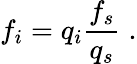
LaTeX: f_{i}=q_{i}\frac{f_{s}}{q_{s}}\; .